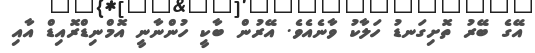
އޭގެ ބޭރު ތޮށިގަނޑު ހަލާކު ވާނެއެވެ. އޭރުން ބާކީ ހުންނާނީ އޮމްނިޑްރޮއިޑް އާއި